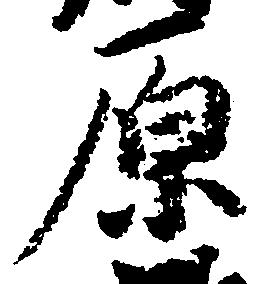
原